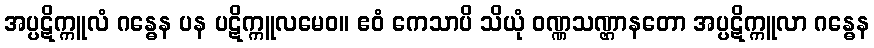
အပ္ပဋိက္ကူလံ ဂန္ဓေန ပန ပဋိက္ကူလမေဝ။ ဧဝံ ကေသာပိ သိယုံ ဝဏ္ဏသဏ္ဌာနတော အပ္ပဋိက္ကူလာ ဂန္ဓေန